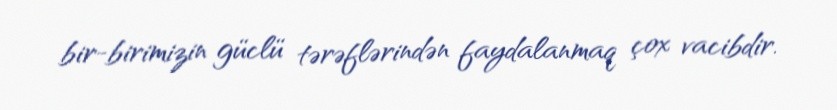
bir-birimizin güclü tərəflərindən faydalanmaq çox vacibdir.